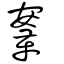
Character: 鞌